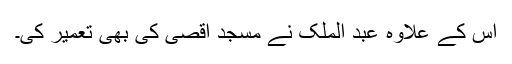
اس کے علاوہ عبد الملک نے مسجد اقصیٰ کی بھی تعمیر کی۔